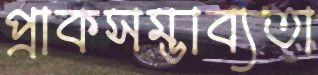
প্রাকসম্ভাব্যতা